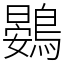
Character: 鷃